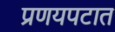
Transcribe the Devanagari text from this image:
प्रणयपटात